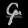
Digit: ၄